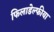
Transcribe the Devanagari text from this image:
फिलाडेल्फीया